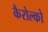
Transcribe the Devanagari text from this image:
कैरोल्को